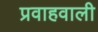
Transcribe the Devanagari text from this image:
प्रवाहवाली